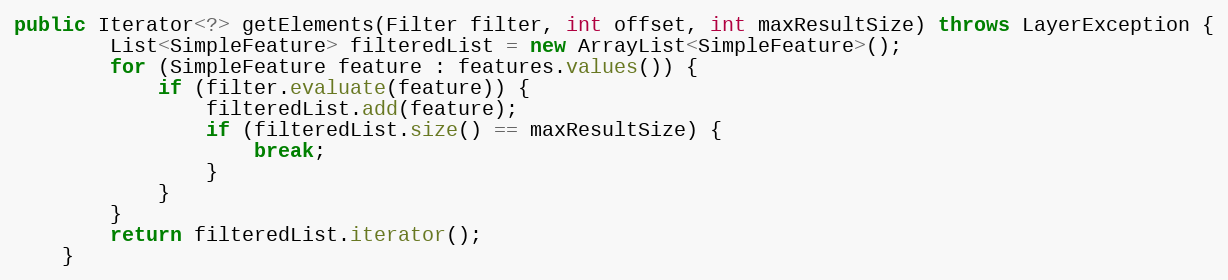
Language: Java
public Iterator<?> getElements(Filter filter, int offset, int maxResultSize) throws LayerException {
		List<SimpleFeature> filteredList = new ArrayList<SimpleFeature>();
		for (SimpleFeature feature : features.values()) {
			if (filter.evaluate(feature)) {
				filteredList.add(feature);
				if (filteredList.size() == maxResultSize) {
					break;
				}
			}
		}
		return filteredList.iterator();
	}